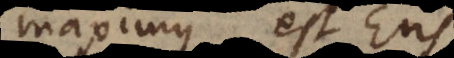
maximus est Ens